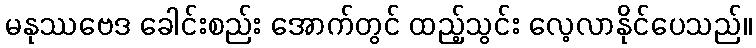
မနုဿဗေဒ ခေါင်းစည်း အောက်တွင် ထည့်သွင်း လေ့လာနိုင်ပေသည်။